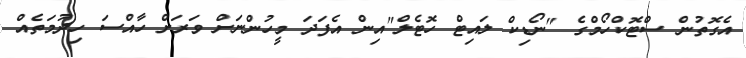
އެގޮތުން ސްޓޮކްހޯމްގެ "ނޯޑިކް ލައިޓް ހޮޓެލް"އިން އެފަދަ މީހުންނަށް ވަރަށް ހާއްސަ ހިދުމަތެއް